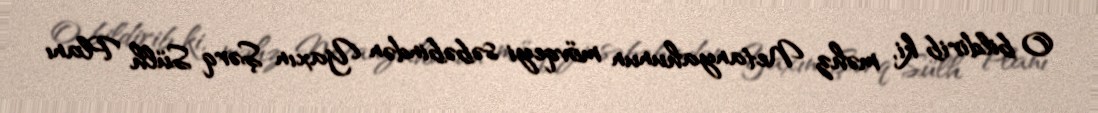
O bildirib ki, məhz Netanyahunun mövqeyi səbəbindən Yaxın Şərq Sülh Planı